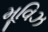
મૂવિઝ